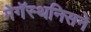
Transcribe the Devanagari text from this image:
मेगॅस्थनिसने